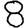
Digit: 8